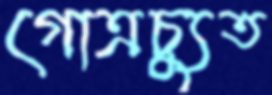
গোত্রচ্যুত